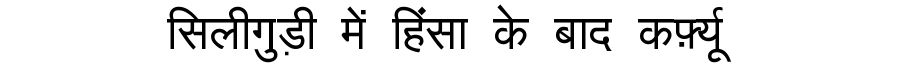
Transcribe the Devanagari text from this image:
सिलीगुड़ी में हिंसा के बाद कर्फ़्यू